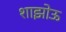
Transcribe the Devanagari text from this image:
शाझोऊ